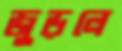
জুড়লে